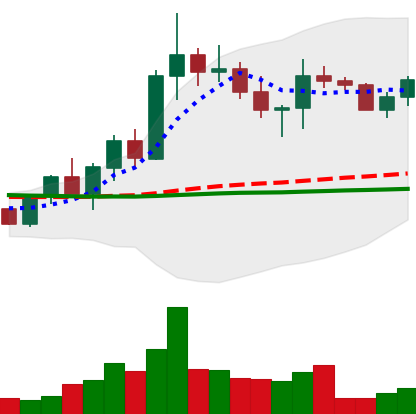
Ticker: XRP-USD
Chart end date: 2022-10-04
Forward return: 11.222%
Label: up_7plus